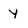
Character: y